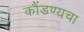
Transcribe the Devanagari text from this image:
कौंडण्यचा